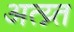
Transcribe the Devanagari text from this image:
अत्य्न्त